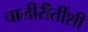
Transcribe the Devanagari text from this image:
चालीरीतींशी